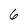
Character: 6